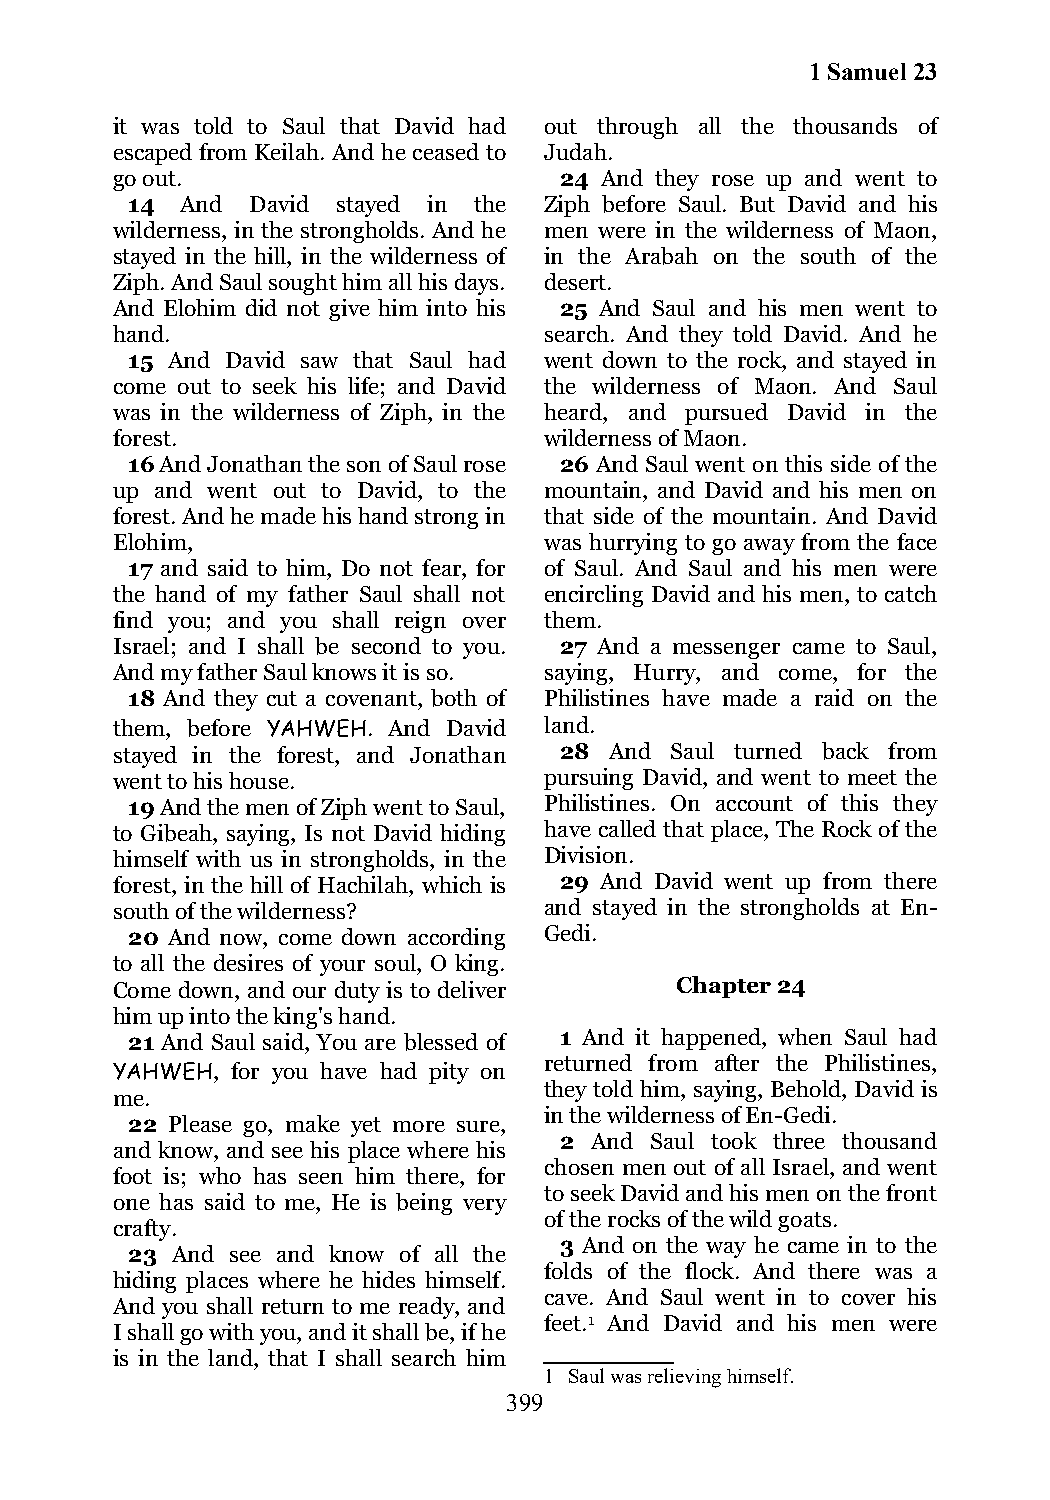
1 Samuel 23
 it was told to Saul that David had out through all the thousands of
 escaped from Keilah. And he ceased to Judah.
 go out.                       24 And they rose up and went to
 14  And  David stayed in the Ziph before Saul. But David and his
 wilderness, in the strongholds. And he men were in the wilderness of Maon,
 stayed in the hill, in the wilderness of in the Arabah on the south of the
 Ziph. And Saul sought him all his days. desert.
 And Elohim did not give him into his 25 And Saul and his men went to
 hand.                        search. And they told David. And he
 15 And David saw that Saul had went down to the rock, and stayed in
 come out to seek his life; and David the wilderness of Maon. And Saul
 was in the wilderness of Ziph, in the heard, and pursued David in the
 forest.                      wilderness of Maon.
 16 And Jonathan the son of Saul rose 26 And Saul went on this side of the
 up and went out to David, to the mountain, and David and his men on
 forest. And he made his hand strong in that side of the mountain. And David
 Elohim,                      was hurrying to go away from the face
 17 and said to him, Do not fear, for of Saul. And Saul and his men were
 the hand of my father Saul shall not encircling David and his men, to catch
 find you; and you shall reign over them.
 Israel; and I shall be second to you. 27 And a messenger came to Saul,
 And my father Saul knows it is so. saying, Hurry, and come, for the
 18 And they cut a covenant, both of Philistines have made a raid on the
 them, before YAHWEH. And David land.
 stayed in the forest, and Jonathan 28 And Saul turned back from
 went to his house.           pursuing David, and went to meet the
 19 And the men of Ziph went to Saul, Philistines. On account of this they
 to Gibeah, saying, Is not David hiding have called that place, The Rock of the
 himself with us in strongholds, in the Division.
 forest, in the hill of Hachilah, which is 29 And David went up from there
 south of the wilderness?     and stayed in the strongholds at En-
 20 And now, come down according Gedi.
 to all the desires of your soul, O king.
 Come down, and our duty is to deliver Chapter 24
 him up into the king's hand.
 21 And Saul said, You are blessed of 1 And it happened, when Saul had
 returned from after the Philistines,
 YAHWEH, for you have had pity on
 they told him, saying, Behold, David is
 me.
 in the wilderness of En-Gedi.
 22 Please go, make yet more sure,
 2 And Saul took three thousand
 and know, and see his place where his
 chosen men out of all Israel, and went
 foot is; who has seen him there, for
 to seek David and his men on the front
 one has said to me, He is being very
 of the rocks of the wild goats.
 crafty.
 3 And on the way he came in to the
 23 And see and know of all the
 folds of the flock. And there was a
 hiding places where he hides himself.
 cave. And Saul went in to cover his
 And you shall return to me ready, and
 feet.1 And David and his men were
 I shall go with you, and it shall be, if he
 is in the land, that I shall search him
 1 Saul was relieving himself.
 399